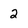
Character: 2